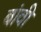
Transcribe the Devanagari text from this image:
बांवी